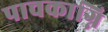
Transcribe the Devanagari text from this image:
पाचकाग्नि